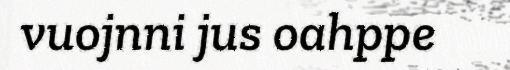
vuojnni jus oahppe